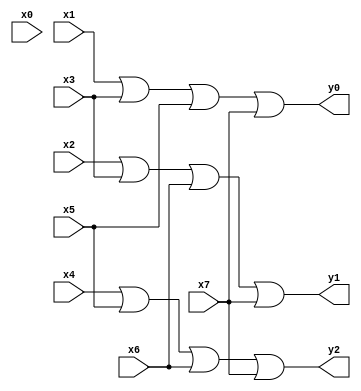
module encoder(y0, y1, y2, x0, x1, x2, x3, x4, x5, x6, x7);
    input x0, x1, x2, x3, x4, x5, x6, x7;
    output y0, y1, y2;
    or(y0, x1, x3, x5, x7);
    or(y1, x2, x3, x6, x7);
    or(y2, x4, x5, x6, x7);
endmodule